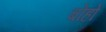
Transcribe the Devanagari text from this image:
बोहो